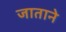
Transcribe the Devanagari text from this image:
जाताने